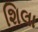
શિલા